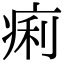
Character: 痢